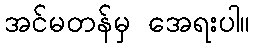
အင်မတန်မှ အေရးပါ။